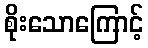
စိုးသောကြောင့်